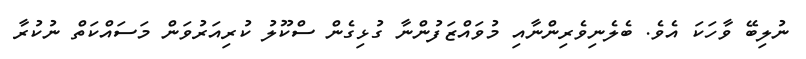
ނުލިބޭ ވާހަކަ އެވެ. ބެލެނިވެރިންނާއި މުވައްޒަފުންނާ ގުޅިގެން ސްކޫލު ކުރިއަރުވަން މަސައްކަތް ނުކުރާ